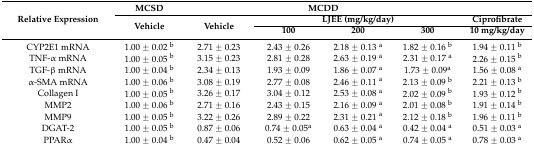
<table><thead><tr><td rowspan="3"><b>Relative Expression</b></td><td><b>MCSD</b></td><td colspan="4"><b>MCDD</b></td><td></td></tr><tr><td rowspan="2"><b>Vehicle</b></td><td rowspan="2"><b>Vehicle</b></td><td colspan="3"><b>LJEE (mg/kg/day)</b></td><td><b>Ciprofibrate</b></td></tr><tr><td><b>100</b></td><td><b>200</b></td><td><b>300</b></td><td><b>10 mg/kg/day</b></td></tr></thead><tbody><tr><td>CYP2E1 mRNA</td><td>1.00 ± 0.02 <sup>b</sup></td><td>2.71 ± 0.23</td><td>2.43 ± 0.26</td><td>2.18 ± 0.13 <sup>a</sup></td><td>1.82 ± 0.16 <sup>b</sup></td><td>1.94 ± 0.11 <sup>b</sup></td></tr><tr><td>TNF-α mRNA</td><td>1.00 ± 0.05 <sup>b</sup></td><td>3.15 ± 0.23</td><td>2.81 ± 0.28</td><td>2.63 ± 0.19 <sup>a</sup></td><td>2.31 ± 0.17 <sup>a</sup></td><td>2.26 ± 0.15 <sup>b</sup></td></tr><tr><td>TGF-β mRNA</td><td>1.00 ± 0.04 <sup>b</sup></td><td>2.34 ± 0.13</td><td>1.93 ± 0.09</td><td>1.86 ± 0.07 <sup>a</sup></td><td>1.73 ± 0.09<sup>a</sup></td><td>1.56 ± 0.08 <sup>a</sup></td></tr><tr><td>α-SMA mRNA</td><td>1.00 ± 0.06 <sup>b</sup></td><td>3.08 ± 0.19</td><td>2.77 ± 0.08</td><td>2.46 ± 0.11 <sup>a</sup></td><td>2.13 ± 0.09 <sup>b</sup></td><td>2.21 ± 0.13 <sup>b</sup></td></tr><tr><td>Collagen I</td><td>1.00 ± 0.05 <sup>b</sup></td><td>3.26 ± 0.17</td><td>3.04 ± 0.12</td><td>2.53 ± 0.08 <sup>a</sup></td><td>2.02 ± 0.09 <sup>b</sup></td><td>1.93 ± 0.12 <sup>b</sup></td></tr><tr><td>MMP2</td><td>1.00 ± 0.06 <sup>b</sup></td><td>2.71 ± 0.16</td><td>2.43 ± 0.15</td><td>2.16 ± 0.09 <sup>a</sup></td><td>2.01 ± 0.08 <sup>b</sup></td><td>1.91 ± 0.14 <sup>b</sup></td></tr><tr><td>MMP9</td><td>1.00 ± 0.05 <sup>b</sup></td><td>3.22 ± 0.26</td><td>2.89 ± 0.22</td><td>2.31 ± 0.21 <sup>a</sup></td><td>2.12 ± 0.18 <sup>b</sup></td><td>1.96 ± 0.11 <sup>b</sup></td></tr><tr><td>DGAT-2 </td><td>1.00 ± 0.05 <sup>b</sup></td><td>0.87 ± 0.06</td><td>0.74 ± 0.05<sup>a</sup></td><td>0.63 ± 0.04 <sup>a</sup></td><td>0.42 ± 0.04 <sup>a</sup></td><td>0.51 ± 0.03 <sup>a</sup></td></tr><tr><td>PPARα</td><td>1.00 ± 0.04 <sup>b</sup></td><td>0.47 ± 0.04</td><td>0.52 ± 0.06</td><td>0.62 ± 0.05 <sup>a</sup></td><td>0.74 ± 0.05 <sup>a</sup></td><td>0.78 ± 0.03 <sup>a</sup></td></tr></tbody></table>